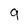
Character: 9